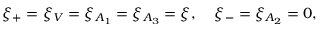
\xi _ { + } = \xi _ { V } = \xi _ { A _ { 1 } } = \xi _ { A _ { 3 } } = \xi , \; \; \; \; \xi _ { - } = \xi _ { A _ { 2 } } = 0 ,